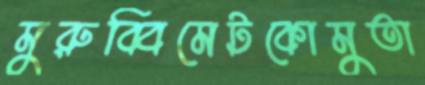
মুরুব্বিমেটকোমুতা